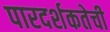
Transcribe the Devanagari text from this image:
पारदर्शकतेची